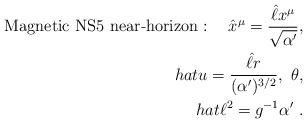
LaTeX: \begin{align*}\mbox{Magnetic NS$5$ near-horizon}: \quad\hat{x}^{\mu}=\frac{\hat{\ell}x^\mu} {\sqrt{\alpha'}},\\hat{u}=\frac{\hat{\ell}r}{(\alpha')^{3/2}},\ \theta,\\hat{\ell}^2= g^{-1}\alpha'\ .\end{align*}